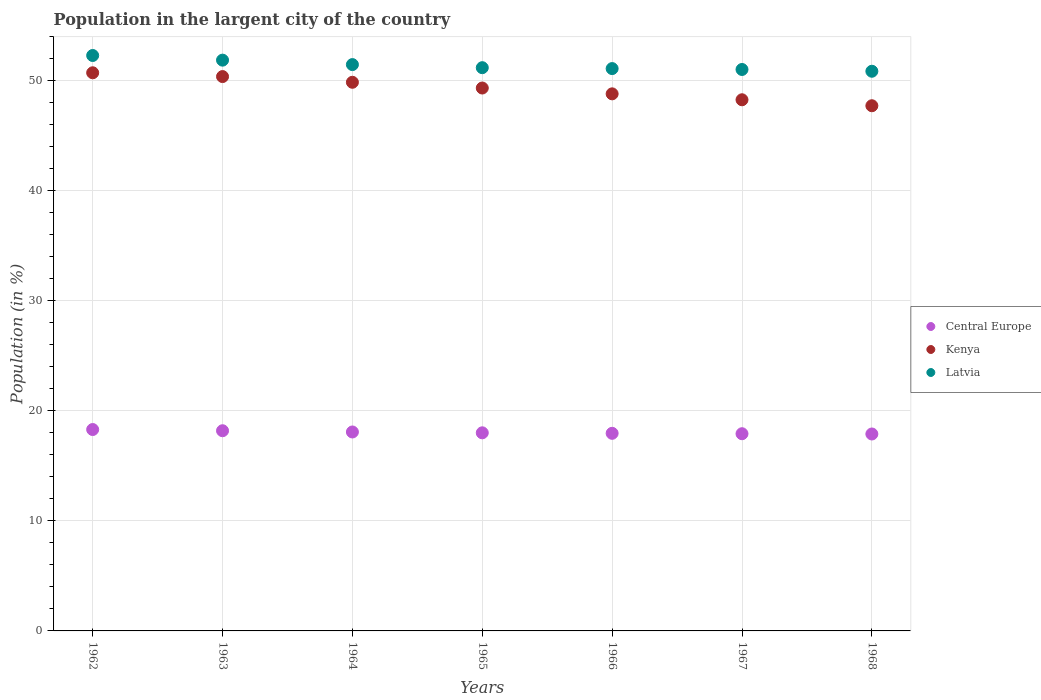
| Years | Central Europe | Kenya | Latvia |
 | --- | --- | --- | --- |
 | 1962 | 18.3 | 50.7 | 52.3 |
 | 1963 | 18.2 | 50.4 | 51.9 |
 | 1964 | 18.1 | 49.9 | 51.5 |
 | 1965 | 18 | 49.3 | 51.2 |
 | 1966 | 18 | 48.8 | 51.1 |
 | 1967 | 17.9 | 48.3 | 51 |
 | 1968 | 17.9 | 47.7 | 50.9 |